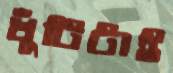
খুঁটিটাই